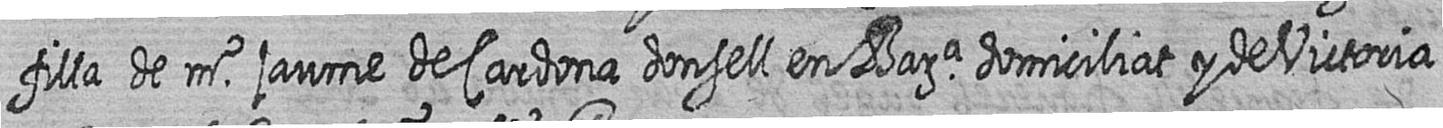
filla de mr jaume de Cardona donsell en Bara domiciliat y de Victoria